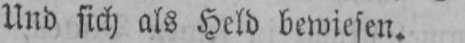
Und sich als Held bewiesen.